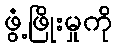
ဖွံ့ဖြိုးမှုကို